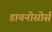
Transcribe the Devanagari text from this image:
डायनोसोर्स